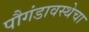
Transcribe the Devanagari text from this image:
पौगंडावस्थेचा